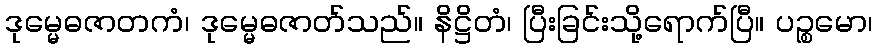
ဒုမ္မေဓဇာတကံ၊ ဒုမ္မေဓဇာတ်သည်။ နိဋ္ဌိတံ၊ ပြီးခြင်းသို့ရောက်ပြီ။ ပဉ္စမော၊